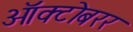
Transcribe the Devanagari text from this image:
ऑक्टोबरर